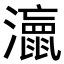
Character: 𭳘